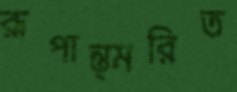
রূপান্ত্মরিত